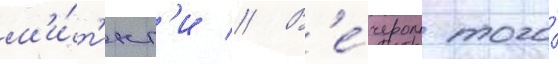
м'и́т'инг'и // В'е́чером того́